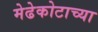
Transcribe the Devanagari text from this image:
मेढेकोटाच्या